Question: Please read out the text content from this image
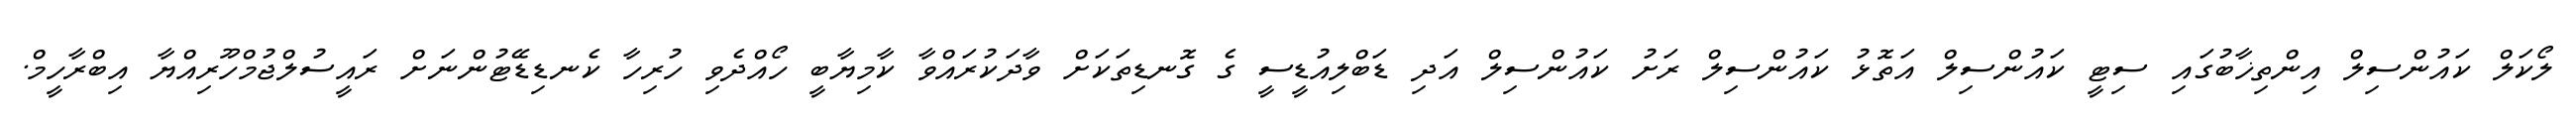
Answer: ލޯކަލް ކައުންސިލް އިންތިޚާބުގައި ސިޓީ ކައުންސިލް އަތޮޅު ކައުންސިލް ރަށު ކައުންސިލް އަދި ޑަބްލިއުޑީސީ ގެ ގޮނޑިތަކަށް ވާދަކުރައްވާ ކާމިޔާބީ ހޯއްދެވި ހުރިހާ ކެނޑިޑޭޓުންނަށް ރައީސުލްޖުމްހޫރިއްޔާ އިބްރާހީމް.